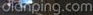
dianping.com